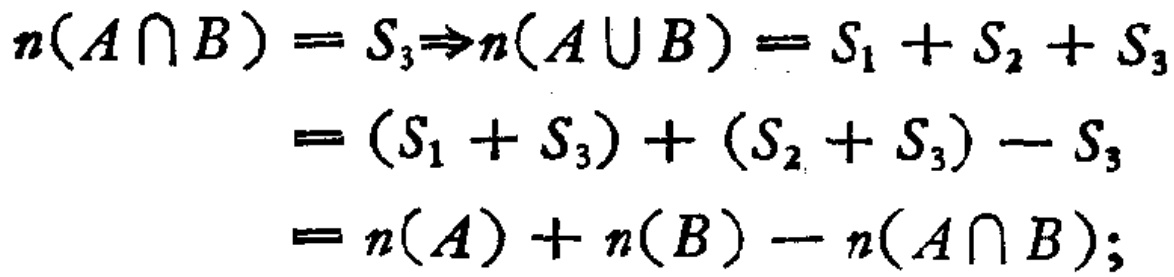
\[

\begin{align*}

n(A\cap B)=S_3&\Rightarrow n(A\cup B)=S_1 + S_2+S_3\\

&=(S_1 + S_3)+(S_2 + S_3)-S_3\\

&=n(A)+n(B)-n(A\cap B);

\end{align*}

\]